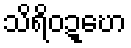
သိရိဝဍ္ဎော